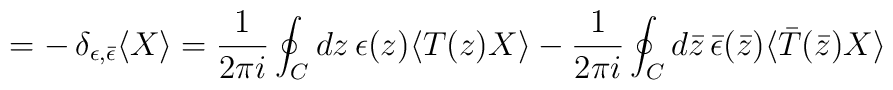
=-\,\delta_{\epsilon,\bar{\epsilon}}\langle X\rangle=\frac{1}{2\pi i}\oint_{C} d z \,\epsilon(z)\langle T(z)X\rangle-\frac{1}{2\pi i}\oint_{C} d \bar{z} \,\bar{\epsilon}(\bar{z})\langle \bar{T}(\bar{z}) X\rangle